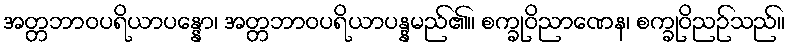
အတ္တဘာဝပရိယာပန္နော၊ အတ္တဘာဝပရိယာပန္နမည်၏။ စက္ခုဝိညာဏေန၊ စက္ခုဝိညဉ်သည်။